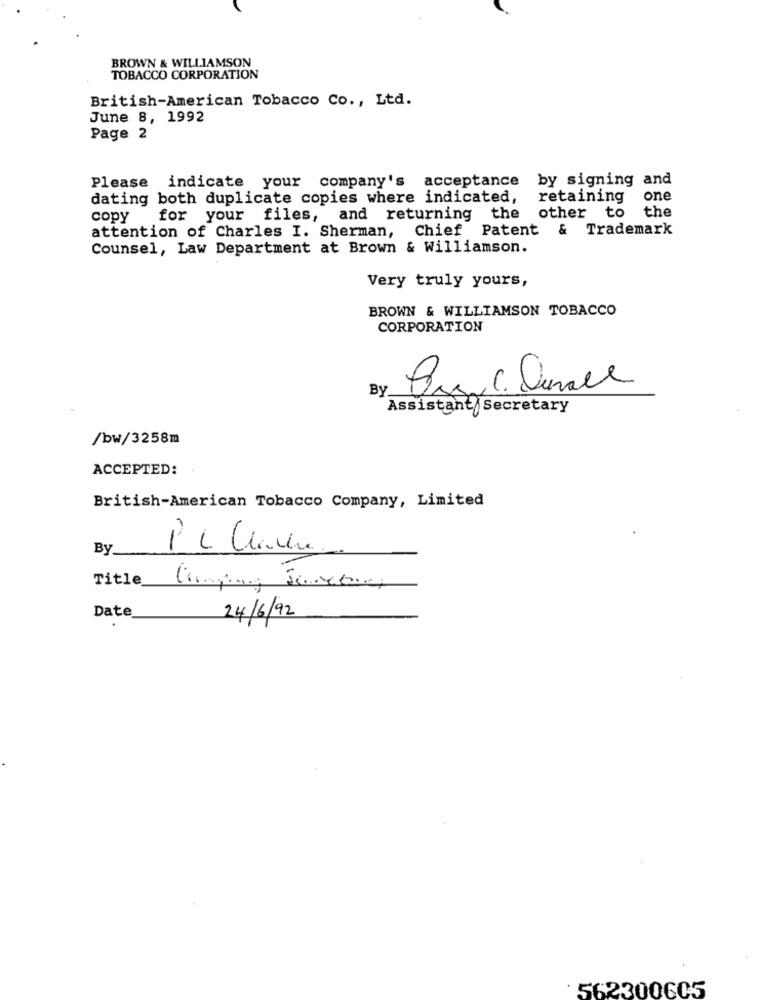
BROWN & WILLIAMSON
TOBACCO CORPORATION
British-American Tobacco Co ., Ltd.
June 8, 1992
Page 2
Please indicate your company's acceptance by signing and
dating both duplicate copies where indicated, retaining
one
the
copy
for your files, and returning the
other to
attention of Charles I. Sherman, Chief Patent & Trademark
Counsel, Law Department at Brown & Williamson.
Very truly yours,
BROWN & WILLIAMSON TOBACCO
CORPORATION
By
Assistant Secretary
/bw/3258m
ACCEPTED:
British-American Tobacco Company, Limited
By
Title
Date
24/6/92
: 5623006C5